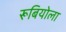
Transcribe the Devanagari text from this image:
रूबियोला